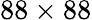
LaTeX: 88\times 88